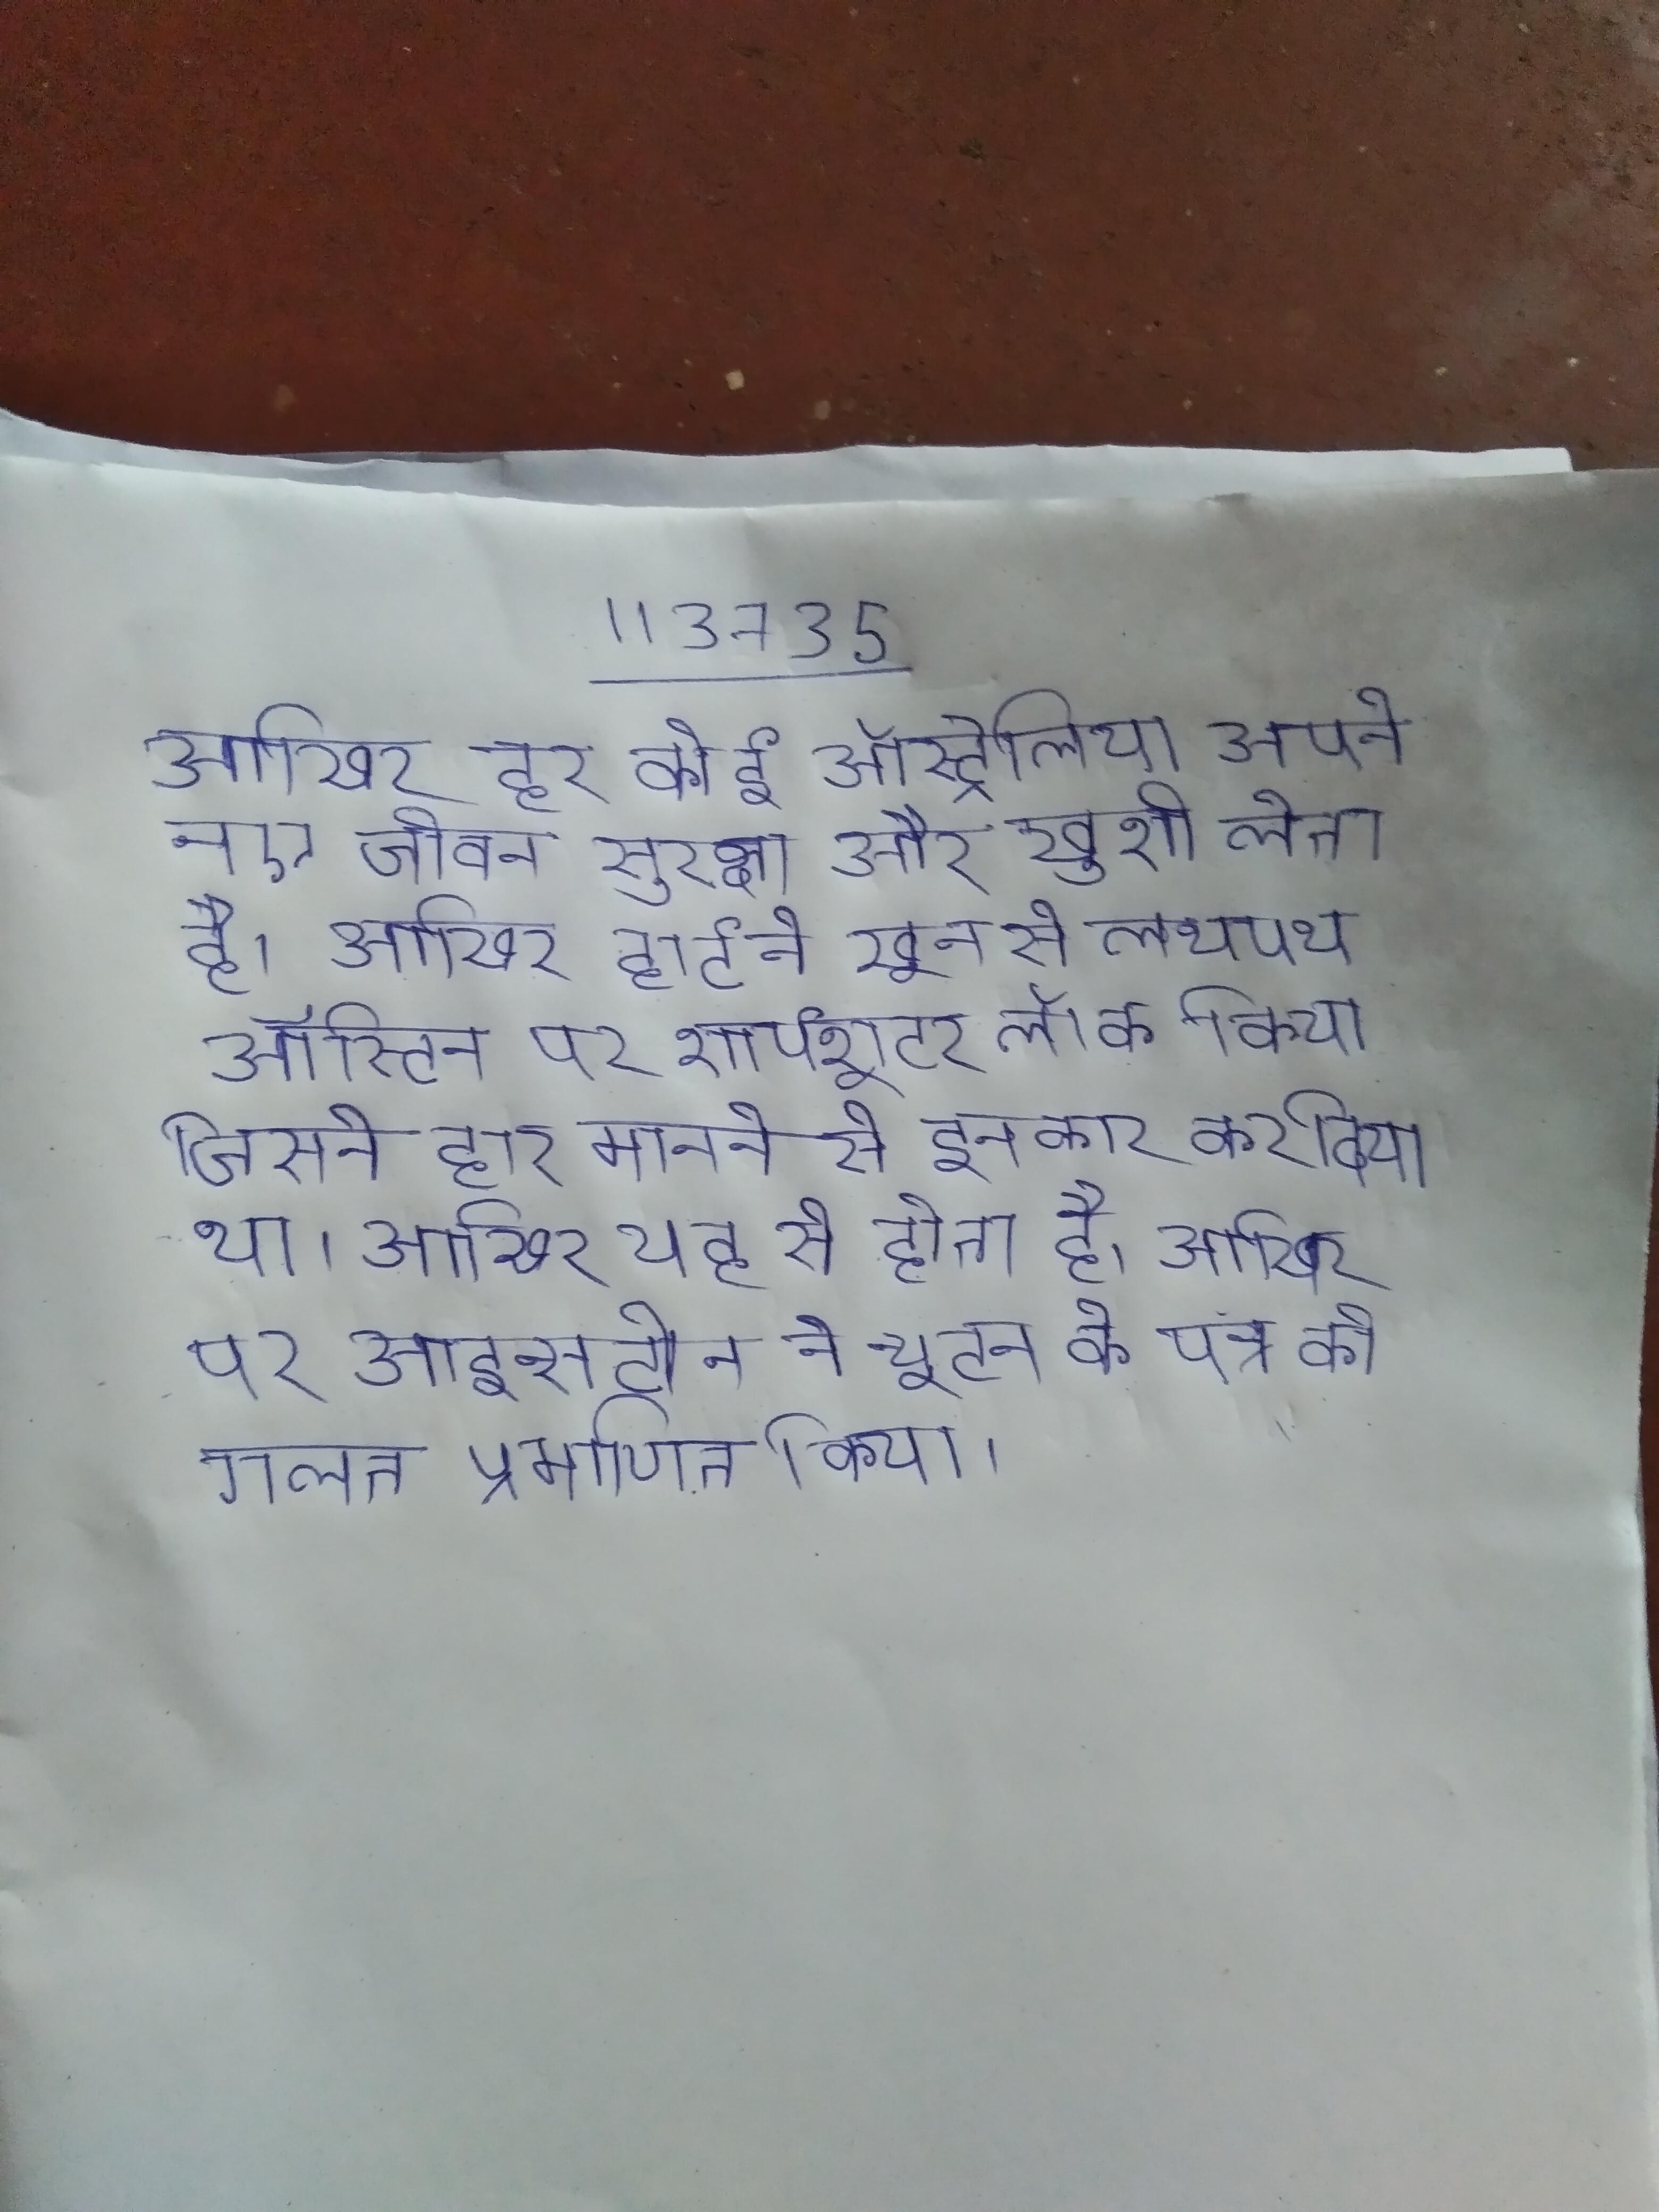
आखिर हर कोई ऑस्ट्रेलिया अपने नए जीवन सुरक्षा और खुशी लेता है । आखिर हार्ट ने खून से लथपथ ऑस्टिन पर शार्पशूटर लॉक किया जिसने हार मानने से इनकार कर दिया था । आखिर यह से होता है । आखिर पर आइन्सटीन ने न्यूटन के पत्र को गलत प्रमाणित किया ।